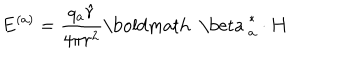
{ \bf E } ^ { ( a ) } = \frac { q _ { a } { \hat { r } } } { 4 \pi r ^ { 2 } } { { \mathrm { \boldmath ~ \ b e t a ~ } } _ { a } ^ { * } } \cdot { \bf H }